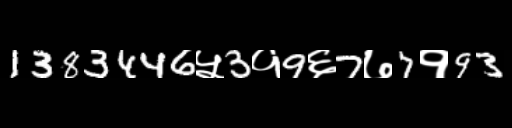
Text: 1383446५3१9६7७7१93